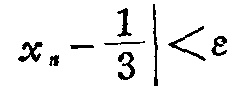
\(\left|x_{n}-\frac{1}{3}\right|<\varepsilon\)